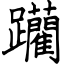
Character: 躪